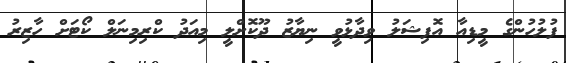
ފުލުހުންގެ މީޑިއާ އޮފިޝަލު ވިދާޅުވީ ނިޔާޒު ދޫކޮށްލީ މިއަދު ކްރިމިނަލް ކޯޓަށް ހާޒިރު